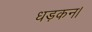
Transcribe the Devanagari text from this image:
धड़कन।